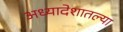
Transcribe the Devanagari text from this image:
अध्यादेशातल्या